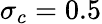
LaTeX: \sigma_{c}=0.5